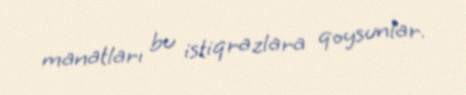
manatları bu istiqrazlara qoysunlar.